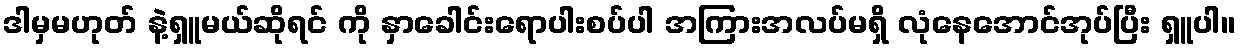
ဒါမှမဟုတ် နဲ့ရှူမယ်ဆိုရင် ကို နှာခေါင်းရောပါးစပ်ပါ အကြားအလပ်မရှိ လုံနေအောင်အုပ်ပြီး ရှူပါ။